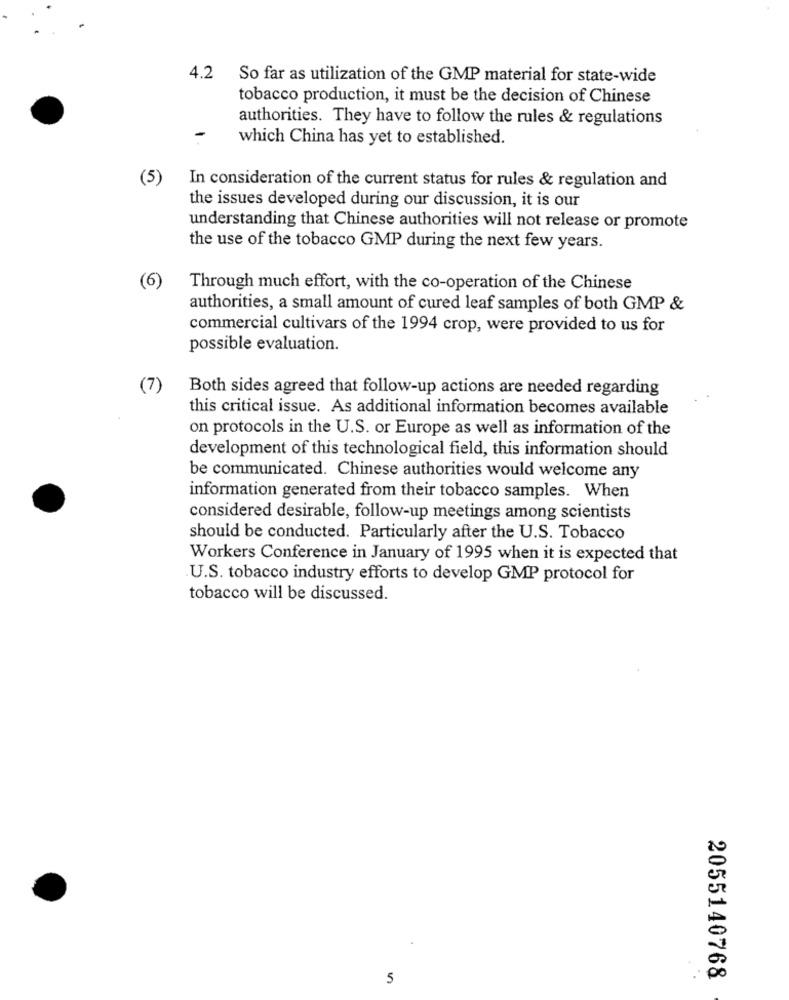
4.2 So far as utilization of the GMP material for state-wide
tobacco production, it must be the decision of Chinese
authorities. They have to follow the rules & regulations
which China has yet to established.
(5)
In consideration of the current status for rules & regulation and
the issues developed during our discussion, it is our
understanding that Chinese authorities will not release or promote
the use of the tobacco GMP during the next few years.
(6)
Through much effort, with the co-operation of the Chinese
authorities, a small amount of cured leaf samples of both GMP &
commercial cultivars of the 1994 crop, were provided to us for
possible evaluation.
(7)
Both sides agreed that follow-up actions are needed regarding
this critical issue. As additional information becomes available
on protocols in the U.S. or Europe as well as information of the
development of this technological field, this information should
be communicated. Chinese authorities would welcome any
information generated from their tobacco samples. When
considered desirable, follow-up meetings among scientists
should be conducted. Particularly after the U.S. Tobacco
Workers Conference in January of 1995 when it is expected that
.U.S. tobacco industry efforts to develop GMP protocol for
tobacco will be discussed.
5
2055140768